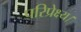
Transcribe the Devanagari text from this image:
परिप्रेक्ष्य।